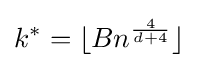
k^{*}=\lfloor Bn^{\frac {4}{d+4}}\rfloor